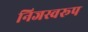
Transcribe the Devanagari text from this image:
निजस्वरूप